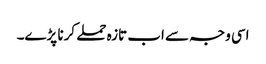
اسی وجہ سے اب تازہ حملے کرنا پڑے۔